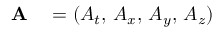
\begin{array} { r l } { \mathbf { A } } & { { } = ( A _ { t } , \, A _ { x } , \, A _ { y } , \, A _ { z } ) } \end{array}